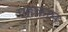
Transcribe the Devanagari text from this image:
एहक़ाम